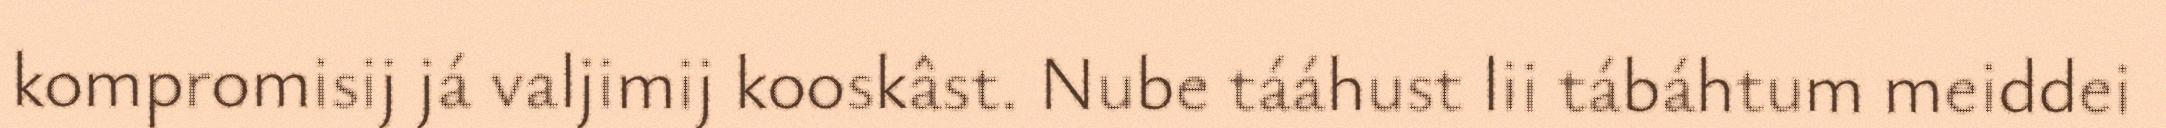
kompromisij já valjimij kooskâst. Nube tááhust lii tábáhtum meiddei